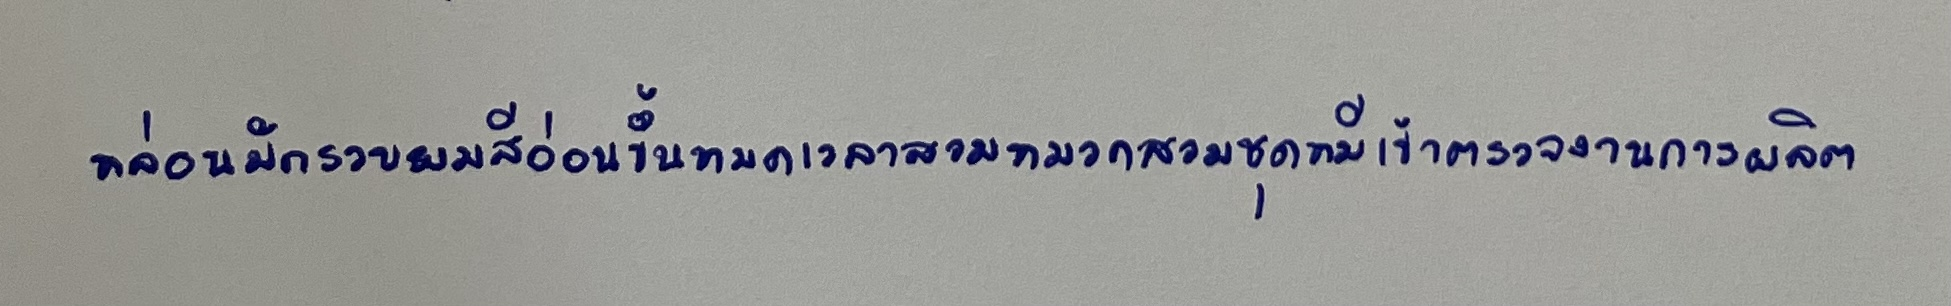
หล่อนมักรวบผมสีอ่อนขึ้นหมดเวลาสวมหมวกสวมชุดหมีเข้าตรวจงานการผลิต